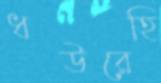
ধউরেহি